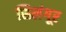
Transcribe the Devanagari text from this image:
सिलंगूर